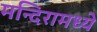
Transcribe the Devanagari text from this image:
मन्दिरामध्ये